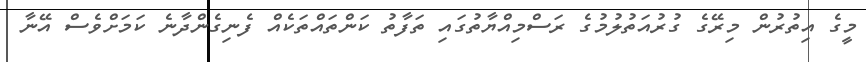
މީގެ އިތުރުން މިރޭގެ ގުރުއަތުލުމުގެ ރަސްމިއްޔާތުގައި ތަފާތު ކަންތައްތަކެއް ފެނިގެންދާނެ ކަމަށްވެސް އޭނާ